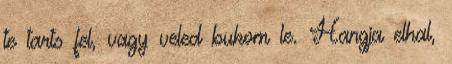
te tarts fel, vagy veled bukom le. Hangja elhal,